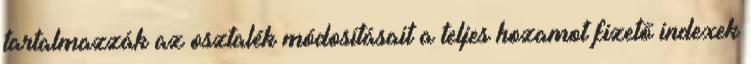
tartalmazzák az osztalék módosításait a teljes hozamot fizető indexek